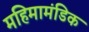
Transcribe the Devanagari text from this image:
महिमामंडिक